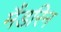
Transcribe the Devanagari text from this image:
मैंडरिन